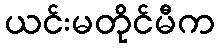
ယင်းမတိုင်မီက